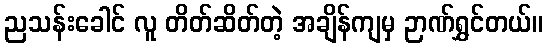
ညသန်းခေါင် လူ တိတ်ဆိတ်တဲ့ အချိန်ကျမှ ဉာဏ်ရွှင်တယ်။